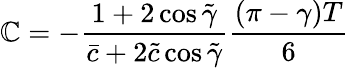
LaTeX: \mathbb{C}=-\frac{{1+2\cos\tilde{{\gamma}}}}{{\bar{{c}}+2\tilde{{c}}\cos\tilde{{\gamma}}}}\frac{{(\pi-\gamma)T}}{{6}}